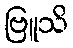
ဗြူသိ